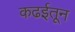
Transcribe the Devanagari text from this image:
कढईतून